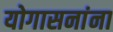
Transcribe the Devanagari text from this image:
योगासनांना